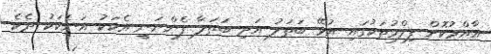
އާއްމުކޮށް ފިލްމުތަކުގައި އުޅޭ ބަތަލު އަދި ބަތަލާ ފެންނަނީ އެކަކު އަނެކަކު ދެކެ